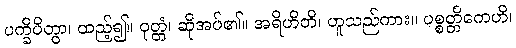
ပက္ခိပိတွာ၊ ထည့်၍။ ဝုတ္တံ၊ ဆိုအပ်၏။ အရိဟိတိ၊ ဟူသည်ကား။ ပစ္စတ္တိကေဟိ၊